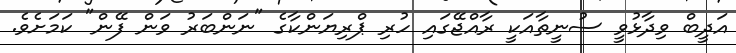
އަދީބް ވިދާޅުވީ ސުނީތާއަކީ ރާއްޖޭގައި ހުރި ޕްރިޔަންކާގެ "ނަންބަރު ވަން ފޭން" ކަމަށެވެ.